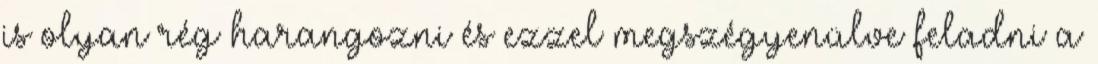
is olyan rég harangozni és ezzel megszégyenülve feladni a